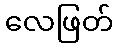
လေဖြတ်